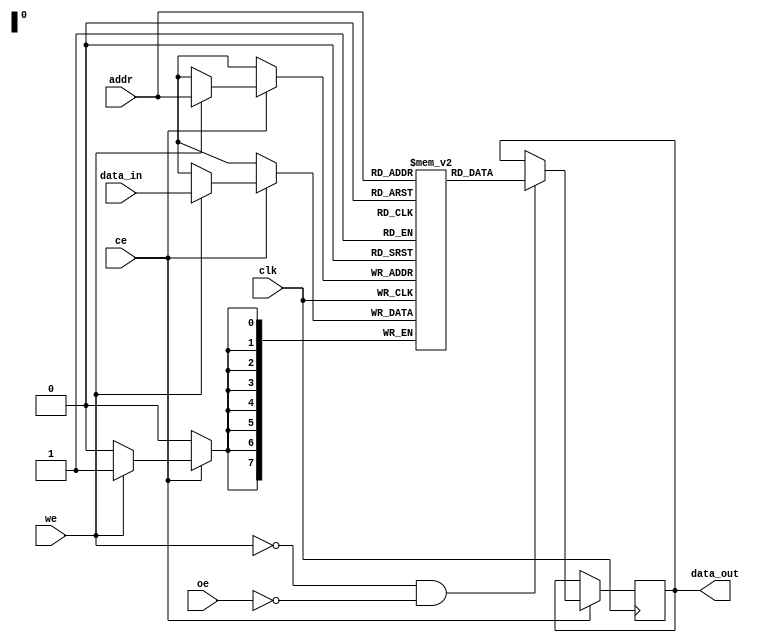
module SRAM #(parameter WORD_SIZE = 8, // Size of each word
              parameter NUM_WORDS = 256) // Total number of words
(
    input wire clk, // Clock signal
    input wire we,  // Write Enable
    input wire oe,  // Output Enable
    input wire ce,  // Chip Enable
    input wire [7:0] addr, // Address input (8 bits for 256 words)
    input wire [WORD_SIZE-1:0] data_in, // Data input for write
    output reg [WORD_SIZE-1:0] data_out // Data output for read
);

    // Memory array declaration
    reg [WORD_SIZE-1:0] memory_array [0:NUM_WORDS-1];

    always @(posedge clk) begin
        if (ce) begin
            if (we) begin
                // Write operation
                memory_array[addr] <= data_in;
            end
            if (!we && !oe) begin
                // Read operation
                data_out <= memory_array[addr];
            end
        end
    end
endmodule